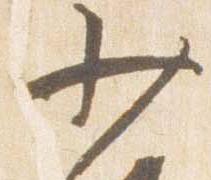
少